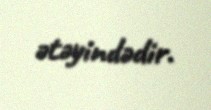
ətəyindədir.